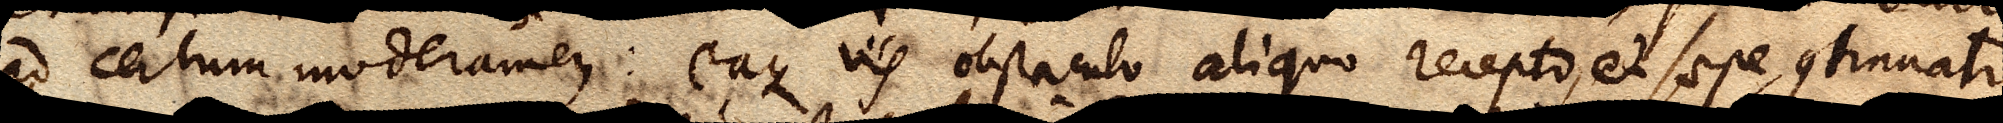
ad certum moderamen: eaque vis obstaculo aliquo recepto, et saepe continuato